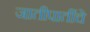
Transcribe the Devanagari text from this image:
जातीपातींचे